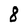
Character: 8